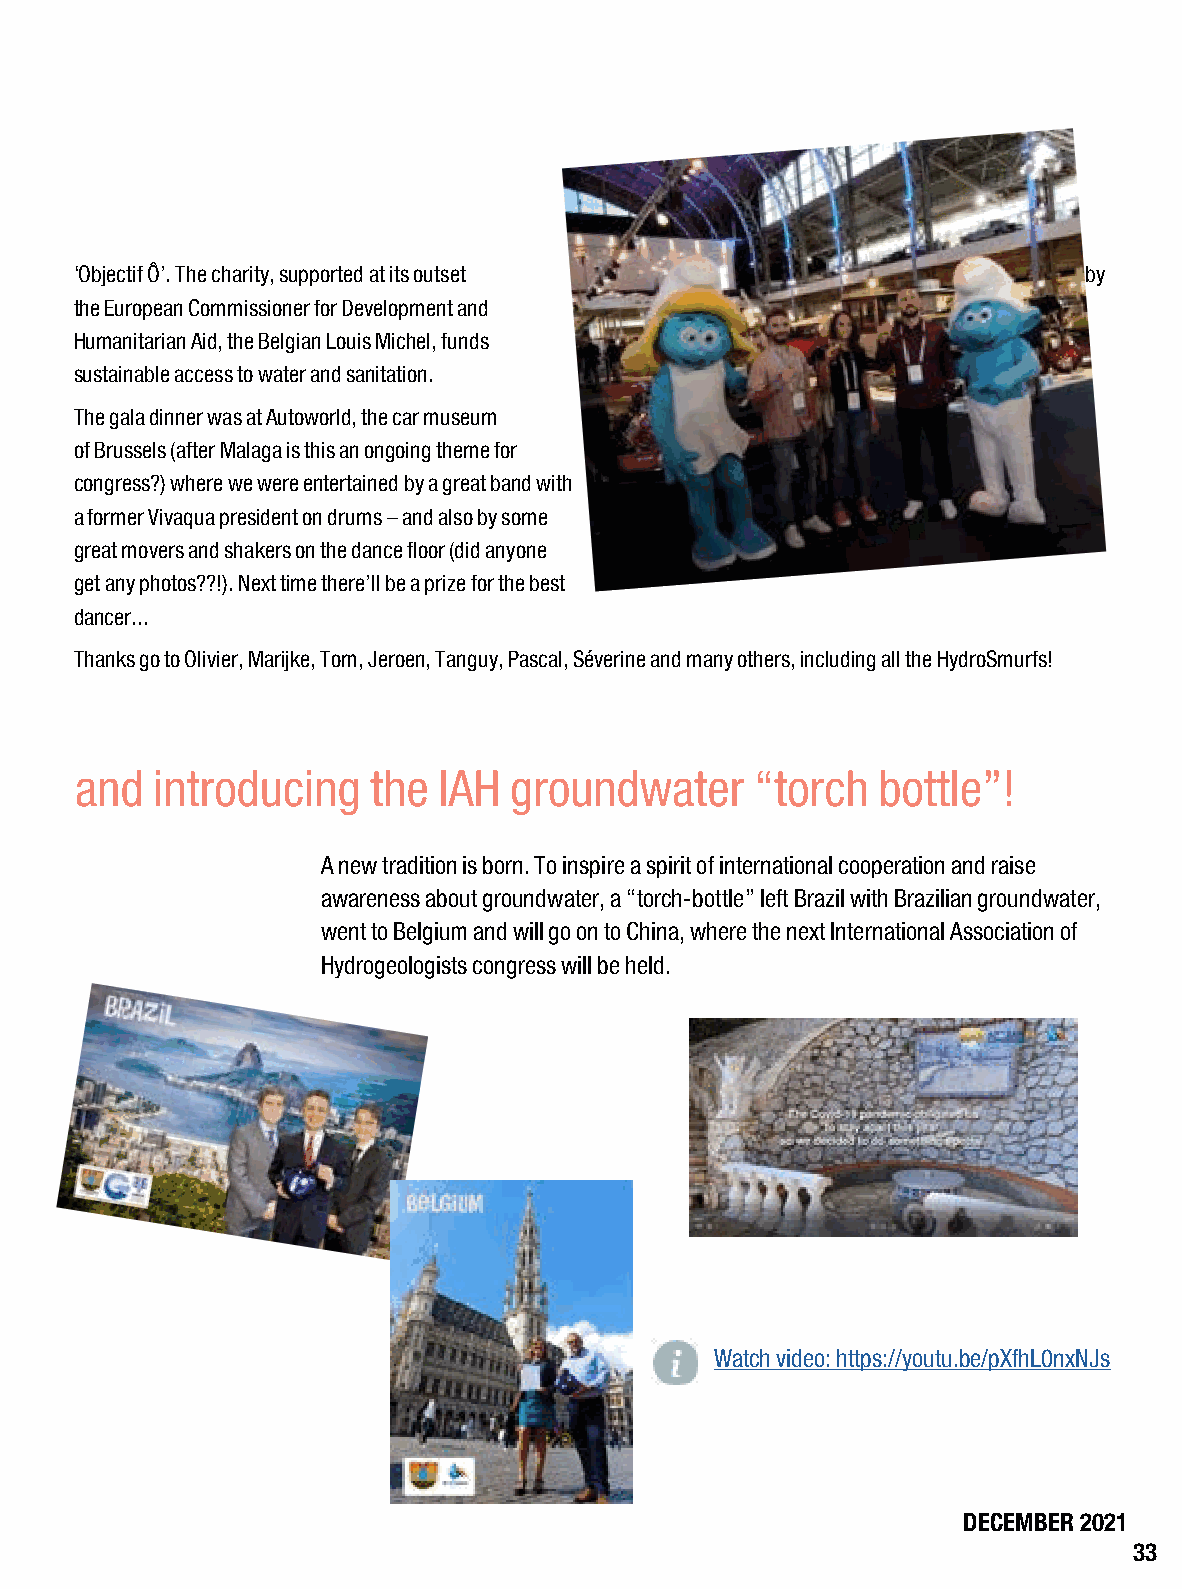
IAH 48th Congress,Brussels
 ‘Objectif Ô’. The charity, supported at its outset                 by
 the European Commissioner for Development and
 Humanitarian Aid, the Belgian Louis Michel, funds
 sustainable access to water and sanitation.
 The gala dinner was at Autoworld, the car museum
 of Brussels (after Malaga is this an ongoing theme for
 congress?) where we were entertained by a great band with
 a former Vivaqua president on drums – and also by some
 great movers and shakers on the dance floor (did anyone
 get any photos??!). Next time there’ll be a prize for the best
 dancer...
 Thanks go to Olivier, Marijke, Tom, Jeroen, Tanguy, Pascal, Séverine and many others, including all the HydroSmurfs!
 and  introducing    the IAH  groundwater     “torch  bottle”!
 A new tradition is born. To inspire a spirit of international cooperation and raise
 awareness about groundwater, a “torch-bottle” left Brazil with Brazilian groundwater,
 went to Belgium and will go on to China, where the next International Association of
 Hydrogeologists congress will be held.
 Watch video: https://youtu.be/pXfhL0nxNJs
 DECEMBER 2021
 33